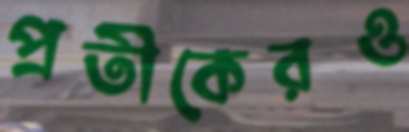
প্রতীকেরও